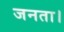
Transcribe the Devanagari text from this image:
जनता।